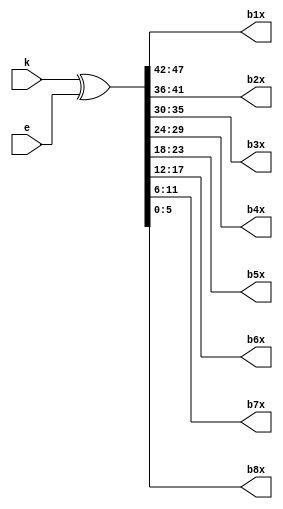
module desxor1(e,b1x,b2x,b3x,b4x,b5x,b6x,b7x,b8x,k);
input 	[1:48] e;
output 	[1:6] b1x,b2x,b3x,b4x,b5x,b6x,b7x,b8x;
input 	[1:48] k;
wire 	[1:48] XX;
assign         XX = k ^ e;
assign        b1x = XX[1:6];
assign        b2x = XX[7:12];
assign        b3x = XX[13:18];
assign        b4x = XX[19:24];
assign        b5x = XX[25:30];
assign        b6x = XX[31:36];
assign        b7x = XX[37:42];
assign        b8x = XX[43:48];
endmodule